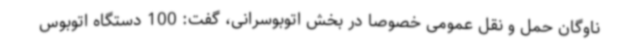
ناوگان حمل و نقل عمومی خصوصا در بخش اتوبوسرانی، گفت: 100 دستگاه اتوبوس